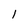
Character: l